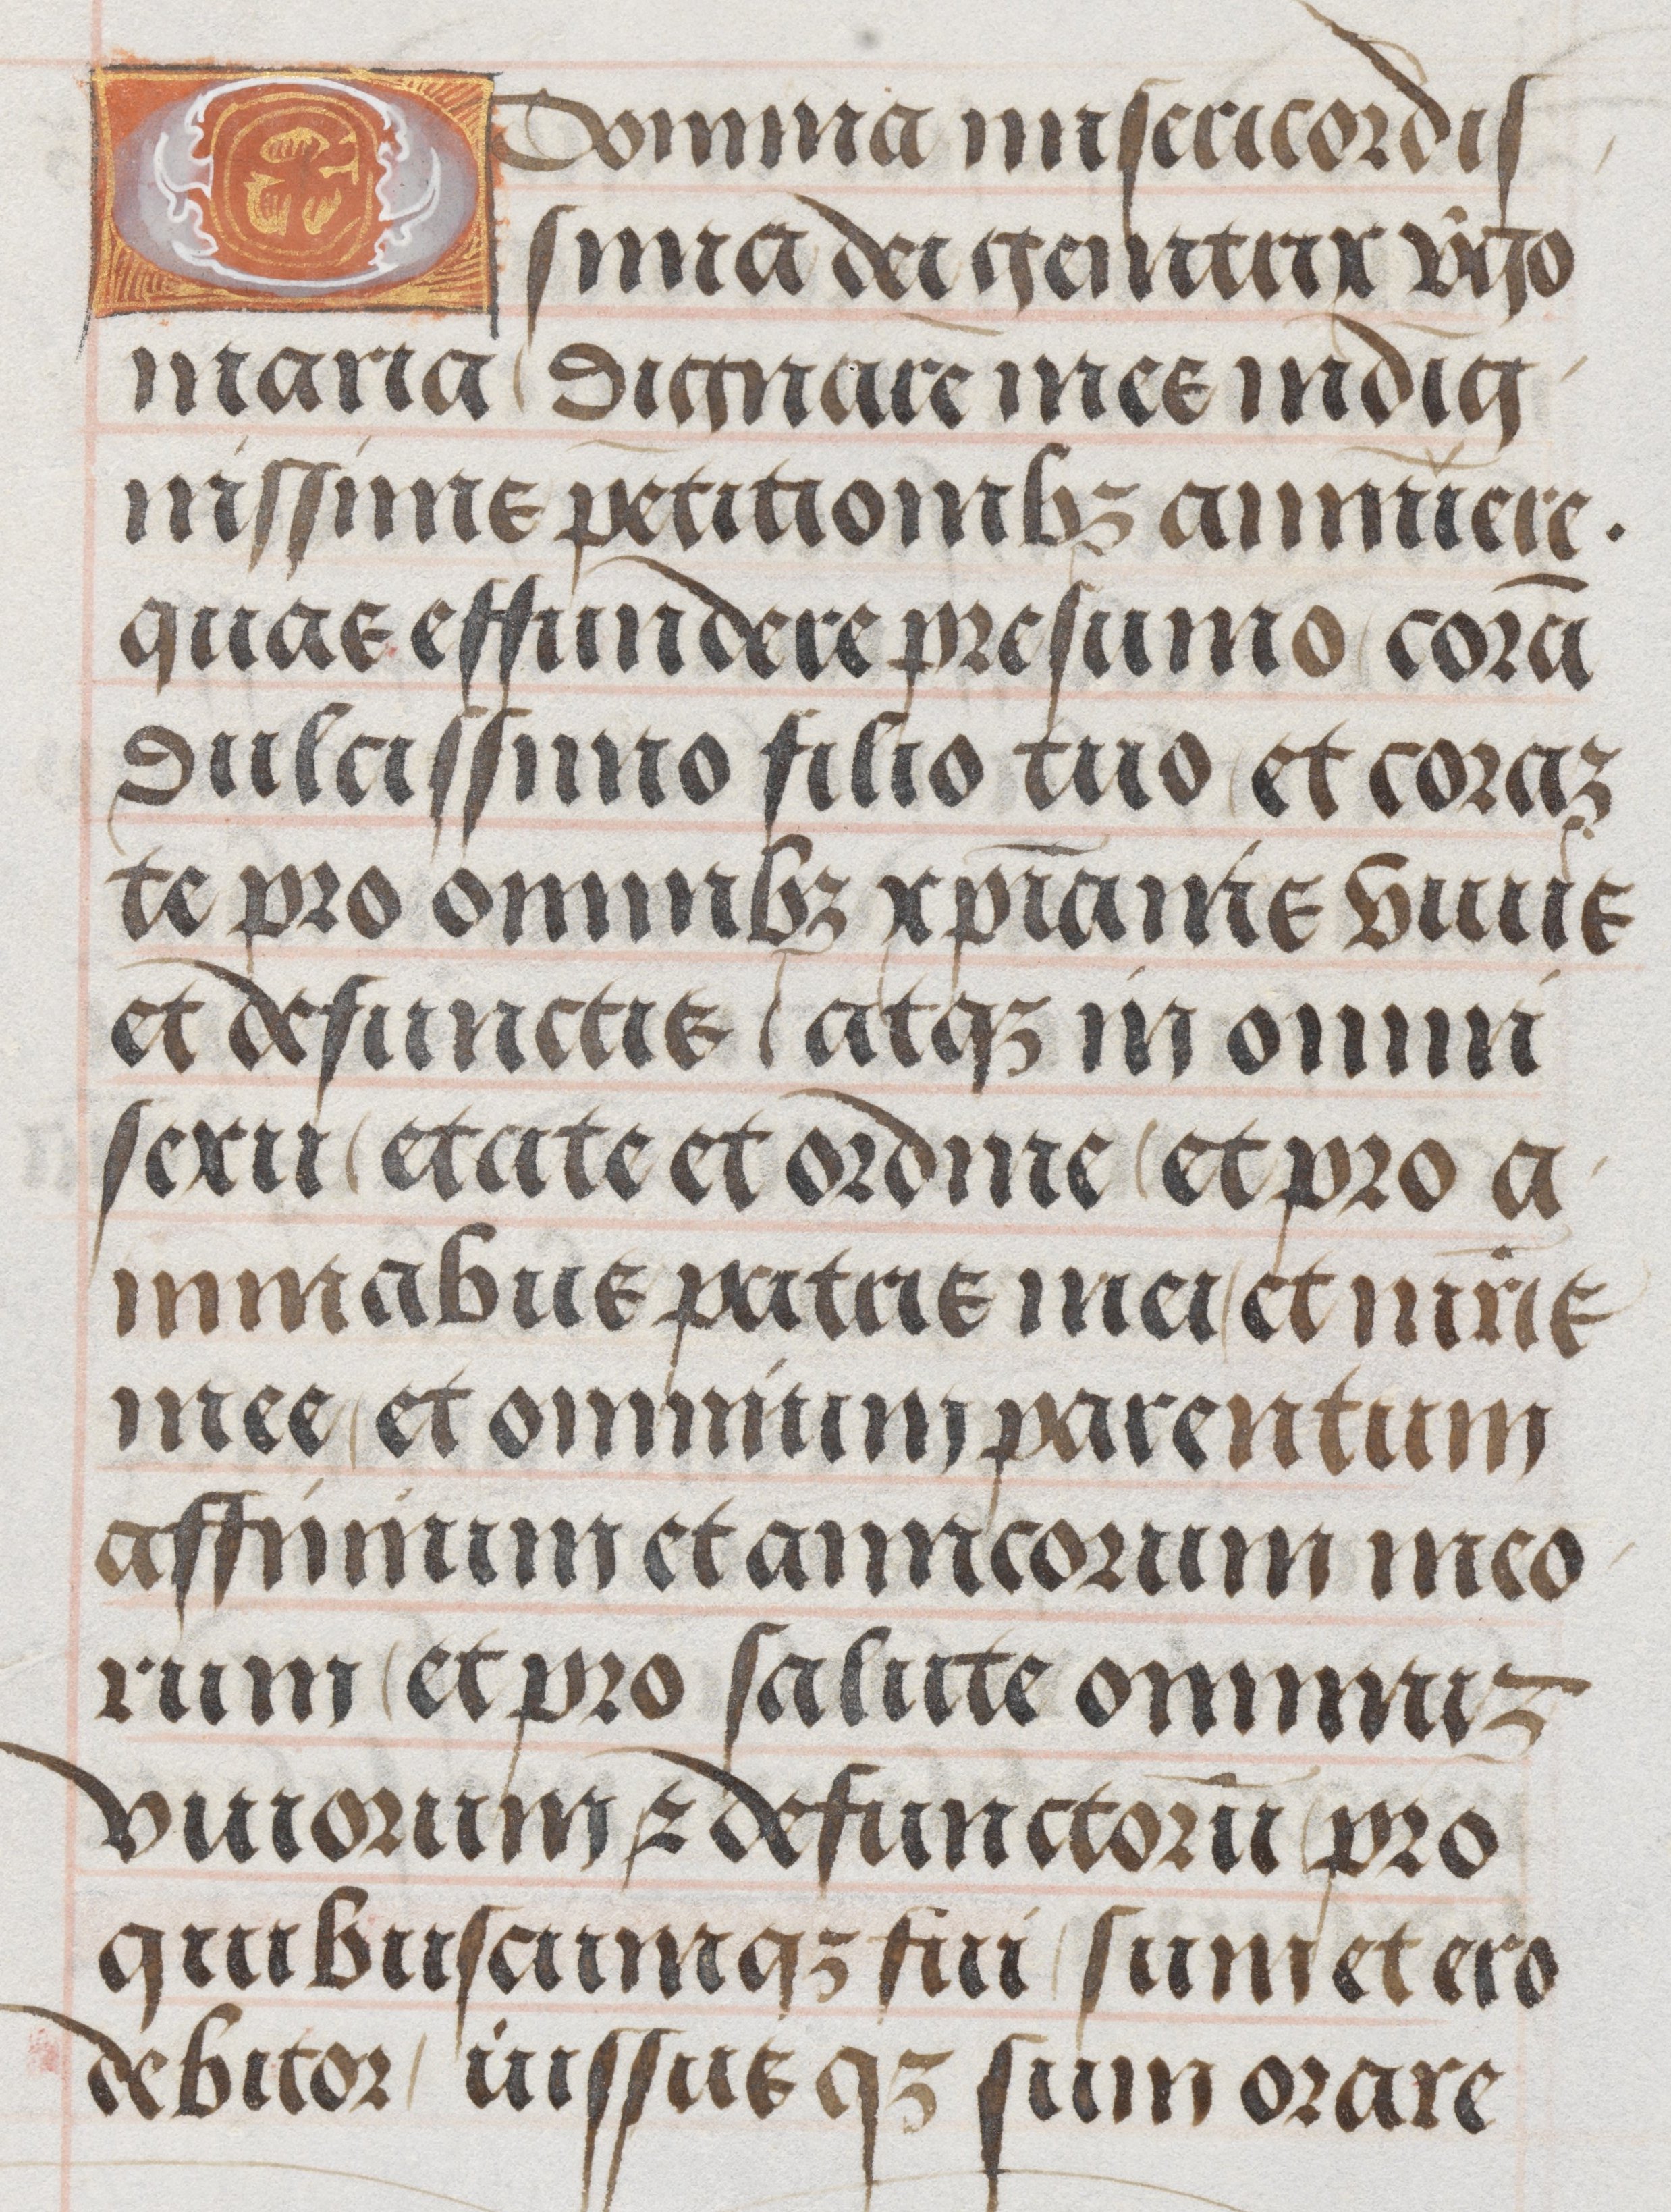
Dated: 1485–1515